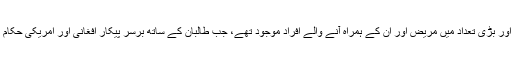
اس اسپتال میں 100 کے لگ بھگ اسٹاف ممبرز اور بڑی تعداد میں مریض اور ان کے ہمراہ آنے والے افراد موجود تھے، جب طالبان کے ساتھ برسرِ پیکار افغانی اور امریکی حکام نے اس اسپتال پر آگ اور لوہے کی بارش کر دی۔